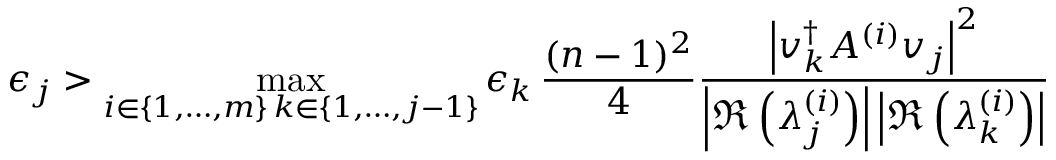
\epsilon _ { j } > \operatorname* { m a x } _ { \substack { i \in \{ 1 , \dots , m \} \, k \in \{ 1 , \dots , j - 1 \} } } \epsilon _ { k } \, \frac { ( n - 1 ) ^ { 2 } } { 4 } \frac { \left| v _ { k } ^ { \dagger } A ^ { ( i ) } v _ { j } \right| ^ { 2 } } { \left| \Re \left( \lambda _ { j } ^ { ( i ) } \right) \right| \left| \Re \left( \lambda _ { k } ^ { ( i ) } \right) \right| }